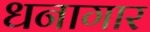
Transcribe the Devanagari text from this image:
धनागार